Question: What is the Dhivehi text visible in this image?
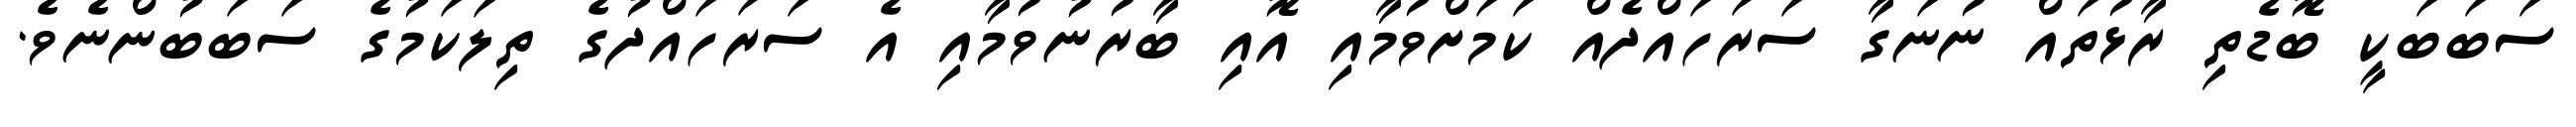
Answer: ސަބަބަކީ ބޮޑެތި ރާޅުތައް ނުނަގާ ސަރަހައްދެއް ކަމަށްވުމާއި އޮއި ބާރުނުވުމާއި އެ ސަރަހައްދުގެ ތިލަކަމުގެ ސަބަބުންނެވެ.